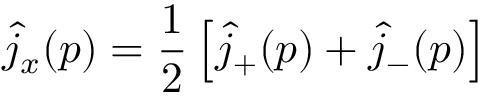
\hat { j } _ { x } ( p ) = \frac { 1 } { 2 } \left[ \hat { j } _ { + } ( p ) + \hat { j } _ { - } ( p ) \right]